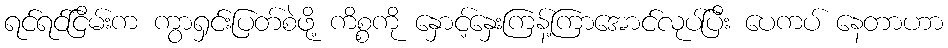
ရင်ရင်ငြိမ်းက ကွာရှင်းပြတ်စဲဖို့ ကိစ္စကို နှောင့်နှေးကြန့်ကြာအောင်လုပ်ပြီး ပေကပ် နေတာဟာ